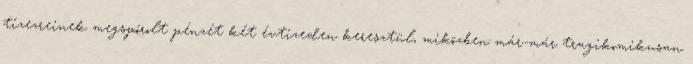
tízezreinek megspórolt pénzét két évtizeden keresztül, miközben már-már tragikomikusan